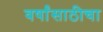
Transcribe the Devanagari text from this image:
वर्षांसाठीचा